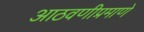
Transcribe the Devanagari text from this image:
आठवणीप्रमाणे